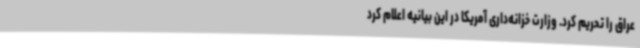
عراق را تحریم کرد. وزارت خزانه‌داری آمریکا در این بیانیه‌ اعلام کرد